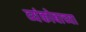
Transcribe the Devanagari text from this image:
व्यंकोबाच्या